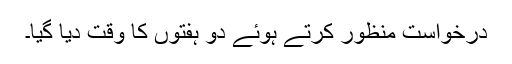
درخواست منظور کرتے ہوئے دو ہفتوں کا وقت دیا گیا۔